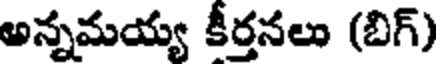
అన్నమయ్య కీర్తనలు (బిగ్)